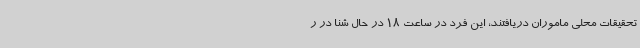
تحقیقات محلی ماموران دریافتند، این فرد در ساعت 18 در حال شنا در ر